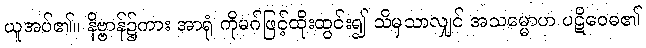
ယူအပ်၏။ နိဗ္ဗာန်၌ကား အာရုံ ကိုမဂ်ဖြင့်ထိုးထွင်း၍ သိမှသာလျှင် အသမ္မောဟ ပဋိဝေဓ၏